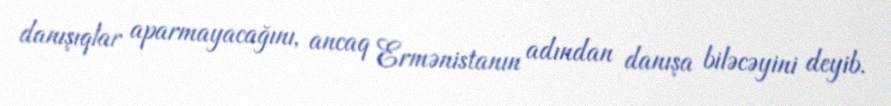
danışıqlar aparmayacağını, ancaq Ermənistanın adından danışa biləcəyini deyib.